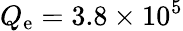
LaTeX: Q_{\mathrm{e}}=3.8\times 10^{5}